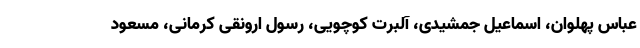
عباس پهلوان، اسماعیل جمشیدی، آلبرت کوچویی، رسول ارونقی کرمانی، مسعود